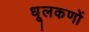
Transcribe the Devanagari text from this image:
धूलकणों